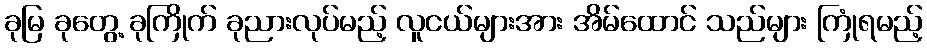
ခုမြ ခုတွေ့ ခုကြိုက် ခုညားလုပ်မည့် လူငယ်များအား အိမ်ထောင် သည်များ ကြုံရမည့်